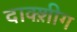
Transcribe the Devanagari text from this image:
दाक्श़ीग